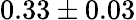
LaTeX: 0.33\pm 0.03